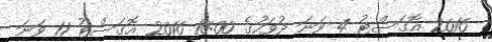
2016 އޮގަސްޓު 4 ވަނަ ދުވަހުގެ 10:00 2016 އޮގަސްޓު 11 ވަނަ